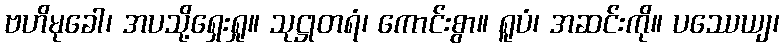
ဗဟိမုခေါ၊ အပသို့ရှေးရှု။ သုဋ္ဌုတရံ၊ ကောင်းစွာ။ ရူပံ၊ အဆင်းကို။ ပဿေယျ၊